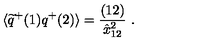
\langle \widetilde q ^ { + } ( 1 ) q ^ { + } ( 2 ) \rangle = { \frac { ( 1 2 ) } { \hat { x } _ { 1 2 } ^ { 2 } } } \ .